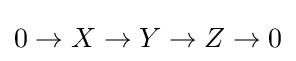
0\rightarrow X\rightarrow Y\rightarrow Z\rightarrow 0